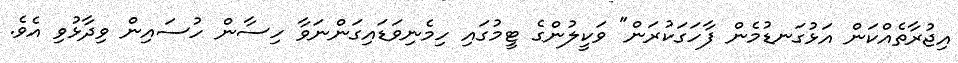
އިޖުރާތެއްކަން އަޅުގަނޑުމެން ފާހަގަކުރަން" ވަކީލުންގެ ޓީމުގައި ހިމެނިވަޑައިގަންނަވާ ހިސާން ހުސައިން ވިދާޅުވި އެވެ.